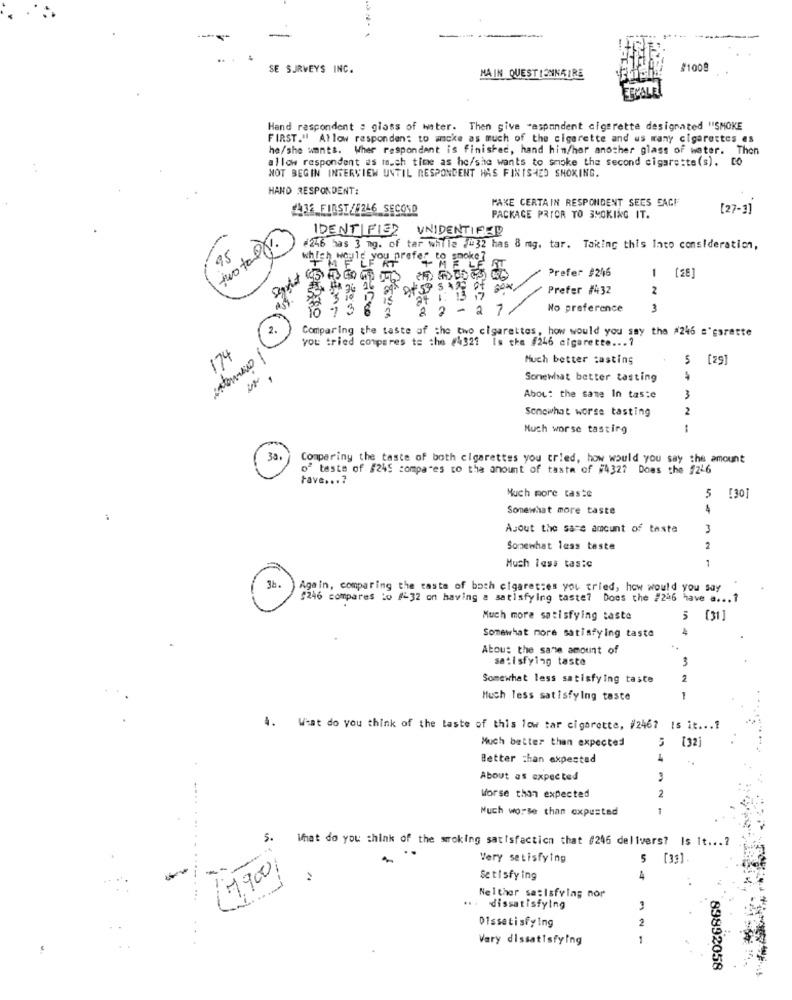
..
SE SURVEYS INC.
#1008
MAIN QUESTIONNAIRE
LEEMAL
Hand respondent a glass of water. Then give "aspondent cigarette designated "SMOKE
FIRST." Allow respondent to amcke as much of the cigarette and us wany cigarettes es
he/she wants. Wher respondant is finished, hand hin/hor another glass of water. Then
allow respondent as touch time as he/she wants to smoke the second cigarette(s). to
NOT BEGIN INTERVIEW UNTIL RESPONDENT HAS FINISHED SMOKING.
HAND RESPONDENT:
MAKE CERTAIN RESPONDENT SEES FAGF
2432 FIRST/E246 SECOND
[27-3]
PACKAGE PRIOR TO SMOKING IT.
IDENTIFI32 UNIDENTIFIED
two tal .
#246 has 3 mg. of tar while ##32 has 8 mg. tar. Taking this Into consideration,
95
which would you prefer
to smoke ?
"LE KT
"+ME LE IT
Prefer #246
1
[28]
Prefer #432
2
7 is
4 1. 13 19
16 13 8 2
22 -27/
No preference
3
2.
Comparing the taste of the two cigarettes, how would you say the #246 s'garette
You tried compares to the #4321 Is the #246 cigarette ...?
174
internet
Much better casting
5
(29]
Somewhat better tasting
About the same In taste
3
Somewhat worse tasting
2
Much worse tasting
30.
Comparing the taste of both cigarettes you tried, how would you say the amount
of taste of #245 compares to the amount of taste of #4327 Does the f246
Fave ...?
Much more taste
5
[30]
Somewhat more taste
Ajout the same amount of taste
Somewhat less taste
2
1
Much less tas:c
3b .
)Again, comparing the casta of both cigarettes you tried, how would you say
$246 compares :0 1:32 on having a satisfying taste? Does the #246 have a .. . ?
Much more satisfying taste
5 (31]
Somewhat more satisfying taste
About the same amount of
satisfying taste
Somewhat less satisfying taste
2
Much less satisfying taste
4. What do you think of the taste of this low tar cigarette, #2467 is it ... 1
Much better than expected
[32]
Better than expected
About as expected
2
Worse than expected
Much worse than oxpusted
5.
What do you think of the woking satisfaction that #246 delivers? Is It ...?
Very satisfying
5 [33].
-
79001
Satisfy ing
: 1
Neither satisfying nor
.... dissatisfying
Dissatisfying
Vary dissatisfying
89892058